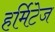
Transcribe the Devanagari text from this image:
हर्मिटेज